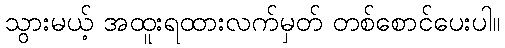
သွားမယ့် အထူးရထားလက်မှတ် တစ်စောင်ပေးပါ။